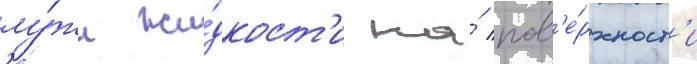
лу́жи жи́дкост'и на́ пов'е́рхност'и